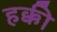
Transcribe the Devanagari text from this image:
हक्की